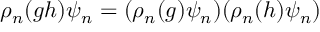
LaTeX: \rho _ { n } ( g h ) \psi _ { n } = ( \rho _ { n } ( g ) \psi _ { n } ) ( \rho _ { n } ( h ) \psi _ { n } )